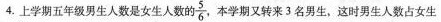
4.上学期五年级男生人数是女生人数的\frac{5}{6},本学期又转来3名男生，这时男生人数占女生